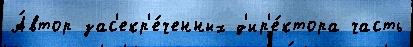
А́втор зас'екр'е́ченных д'ир'е́ктора часть